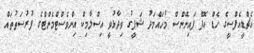
އެޗްޑީއެފްސީގެ ހެޑް އޮފް ފައިނޭންސް މުހައްމަދު ޝަފީގު ވިދާޅުވީ އިސްލާމިކް އިންވެސްޓްމެންޓްގެ ފުރުސަތުތައް